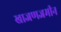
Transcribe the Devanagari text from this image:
खाजणजमीन